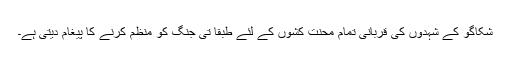
شکاگو کے شہدوں کی قربانی تمام محنت کشوں کے لئے طبقا تی جنگ کو منظم کرنے کا پیغام دیتی ہے۔